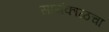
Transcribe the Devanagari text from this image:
सायंकाळचा